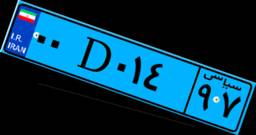
۵۶D۰۱۶۳۸